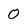
Character: 0